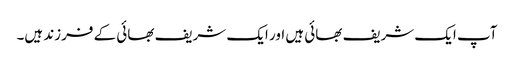
آپ ایک شریف بھائی ہیں اور ایک شریف بھائی کے فرزند ہیں۔